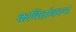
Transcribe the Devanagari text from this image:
कवितांवरून